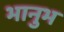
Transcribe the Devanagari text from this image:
भानुभ